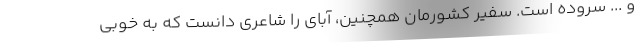
و ... سروده است. سفیر کشورمان همچنین، آبای را شاعری دانست که به خوبی